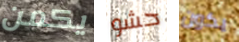
يكمن حشو يكون